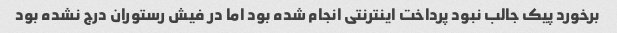
برخورد پیک جالب نبود پرداخت اینترنتی انجام شده بود اما در فیش رستوران درج نشده بود